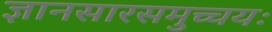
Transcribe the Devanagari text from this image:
ज्ञानसारसमुच्चयः